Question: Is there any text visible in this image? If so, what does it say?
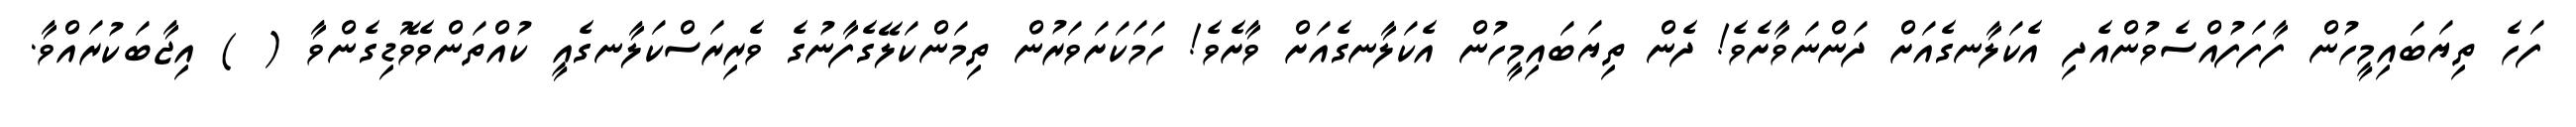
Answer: ފަހެ ތިޔަބައިމީހުން ފާފަފުއްސެވުންއެދި އެކަލާނގެއަށް ދަންނަވާށެވެ! ދެން ތިޔަބައިމީހުން އެކަލާނގެއަށް ވާށެވެ! ހަމަކަށަވަރުން ތިމަންކަލޭގެފާނުގެ ވެރިރަސްކަލާނގެއީ ކުއްތަންވެވޮޑިގެންވާ ( ) އިޖާބަކުރައްވާ.